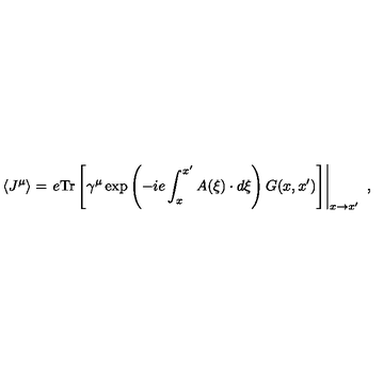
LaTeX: \left\langle J ^ { \mu } \right\rangle = \left. e \mathrm { T r } \left[ \gamma ^ { \mu } \exp \left( - i e \int _ { x } ^ { x ^ { \prime } } A ( \xi ) \cdot d \xi \right) G ( x , x ^ { \prime } ) \right] \right| _ { x \rightarrow x ^ { \prime } } \ ,